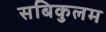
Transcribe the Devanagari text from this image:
सबिकुलम